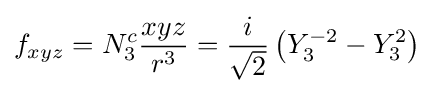
f_{xyz}=N_{3}^{c}{\frac {xyz}{r^{3}}}={\frac {i}{\sqrt {2}}}\left(Y_{3}^{-2}-Y_{3}^{2}\right)